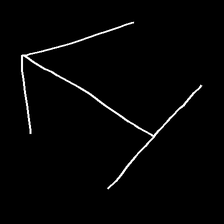
Glyph: levitation